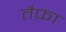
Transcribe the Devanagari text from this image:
तैफ़ा